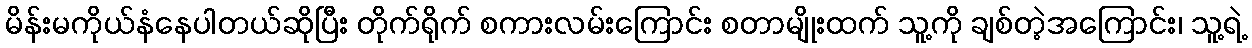
မိန်းမကိုယ်နံနေပါတယ်ဆိုပြီး တိုက်ရိုက် စကားလမ်းကြောင်း စတာမျိုးထက် သူ့ကို ချစ်တဲ့အကြောင်း၊ သူ့ရဲ့